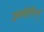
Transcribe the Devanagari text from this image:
ज़मोरिन्